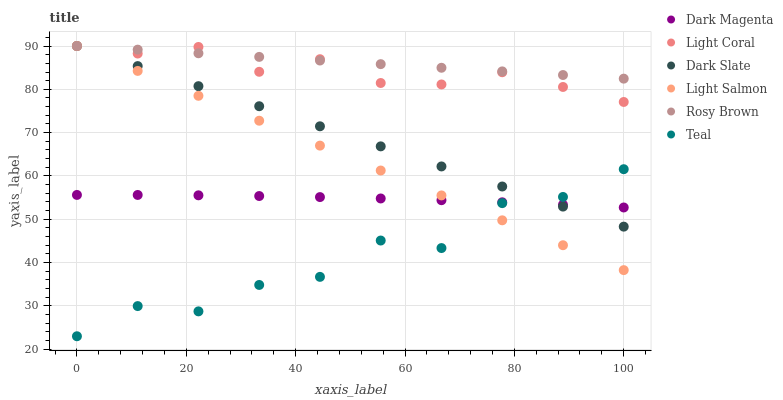
| xaxis_label | Dark Magenta | Light Coral | Dark Slate | Light Salmon | Rosy Brown | Teal |
 | --- | --- | --- | --- | --- | --- | --- |
 | 0 | 55.6 | 90 | 90 | 90 | 90 | 23 |
 | 11.1 | 55.6 | 88.3 | 85.4 | 84.3 | 89.2 | 30 |
 | 22.2 | 55.5 | 89.8 | 80.7 | 78.5 | 88.3 | 28.7 |
 | 33.3 | 55.4 | 84 | 76.1 | 72.8 | 87.5 | 34.8 |
 | 44.4 | 55.1 | 87 | 71.5 | 67 | 86.7 | 36.7 |
 | 55.6 | 54.8 | 81.5 | 66.8 | 61.3 | 85.8 | 45.1 |
 | 66.7 | 54.4 | 81.1 | 62.2 | 55.5 | 85 | 43.4 |
 | 77.8 | 53.9 | 83.9 | 57.6 | 49.8 | 84.1 | 53.7 |
 | 88.9 | 53.4 | 80.5 | 52.9 | 44 | 83.3 | 55.2 |
 | 100 | 52.7 | 77.1 | 48.3 | 38.3 | 82.5 | 61.6 |